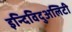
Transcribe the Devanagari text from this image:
इन्दिविदुअलिटी